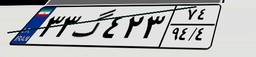
۳۳گ۴۲۳۷۴